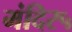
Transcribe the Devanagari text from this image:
मंदिर५